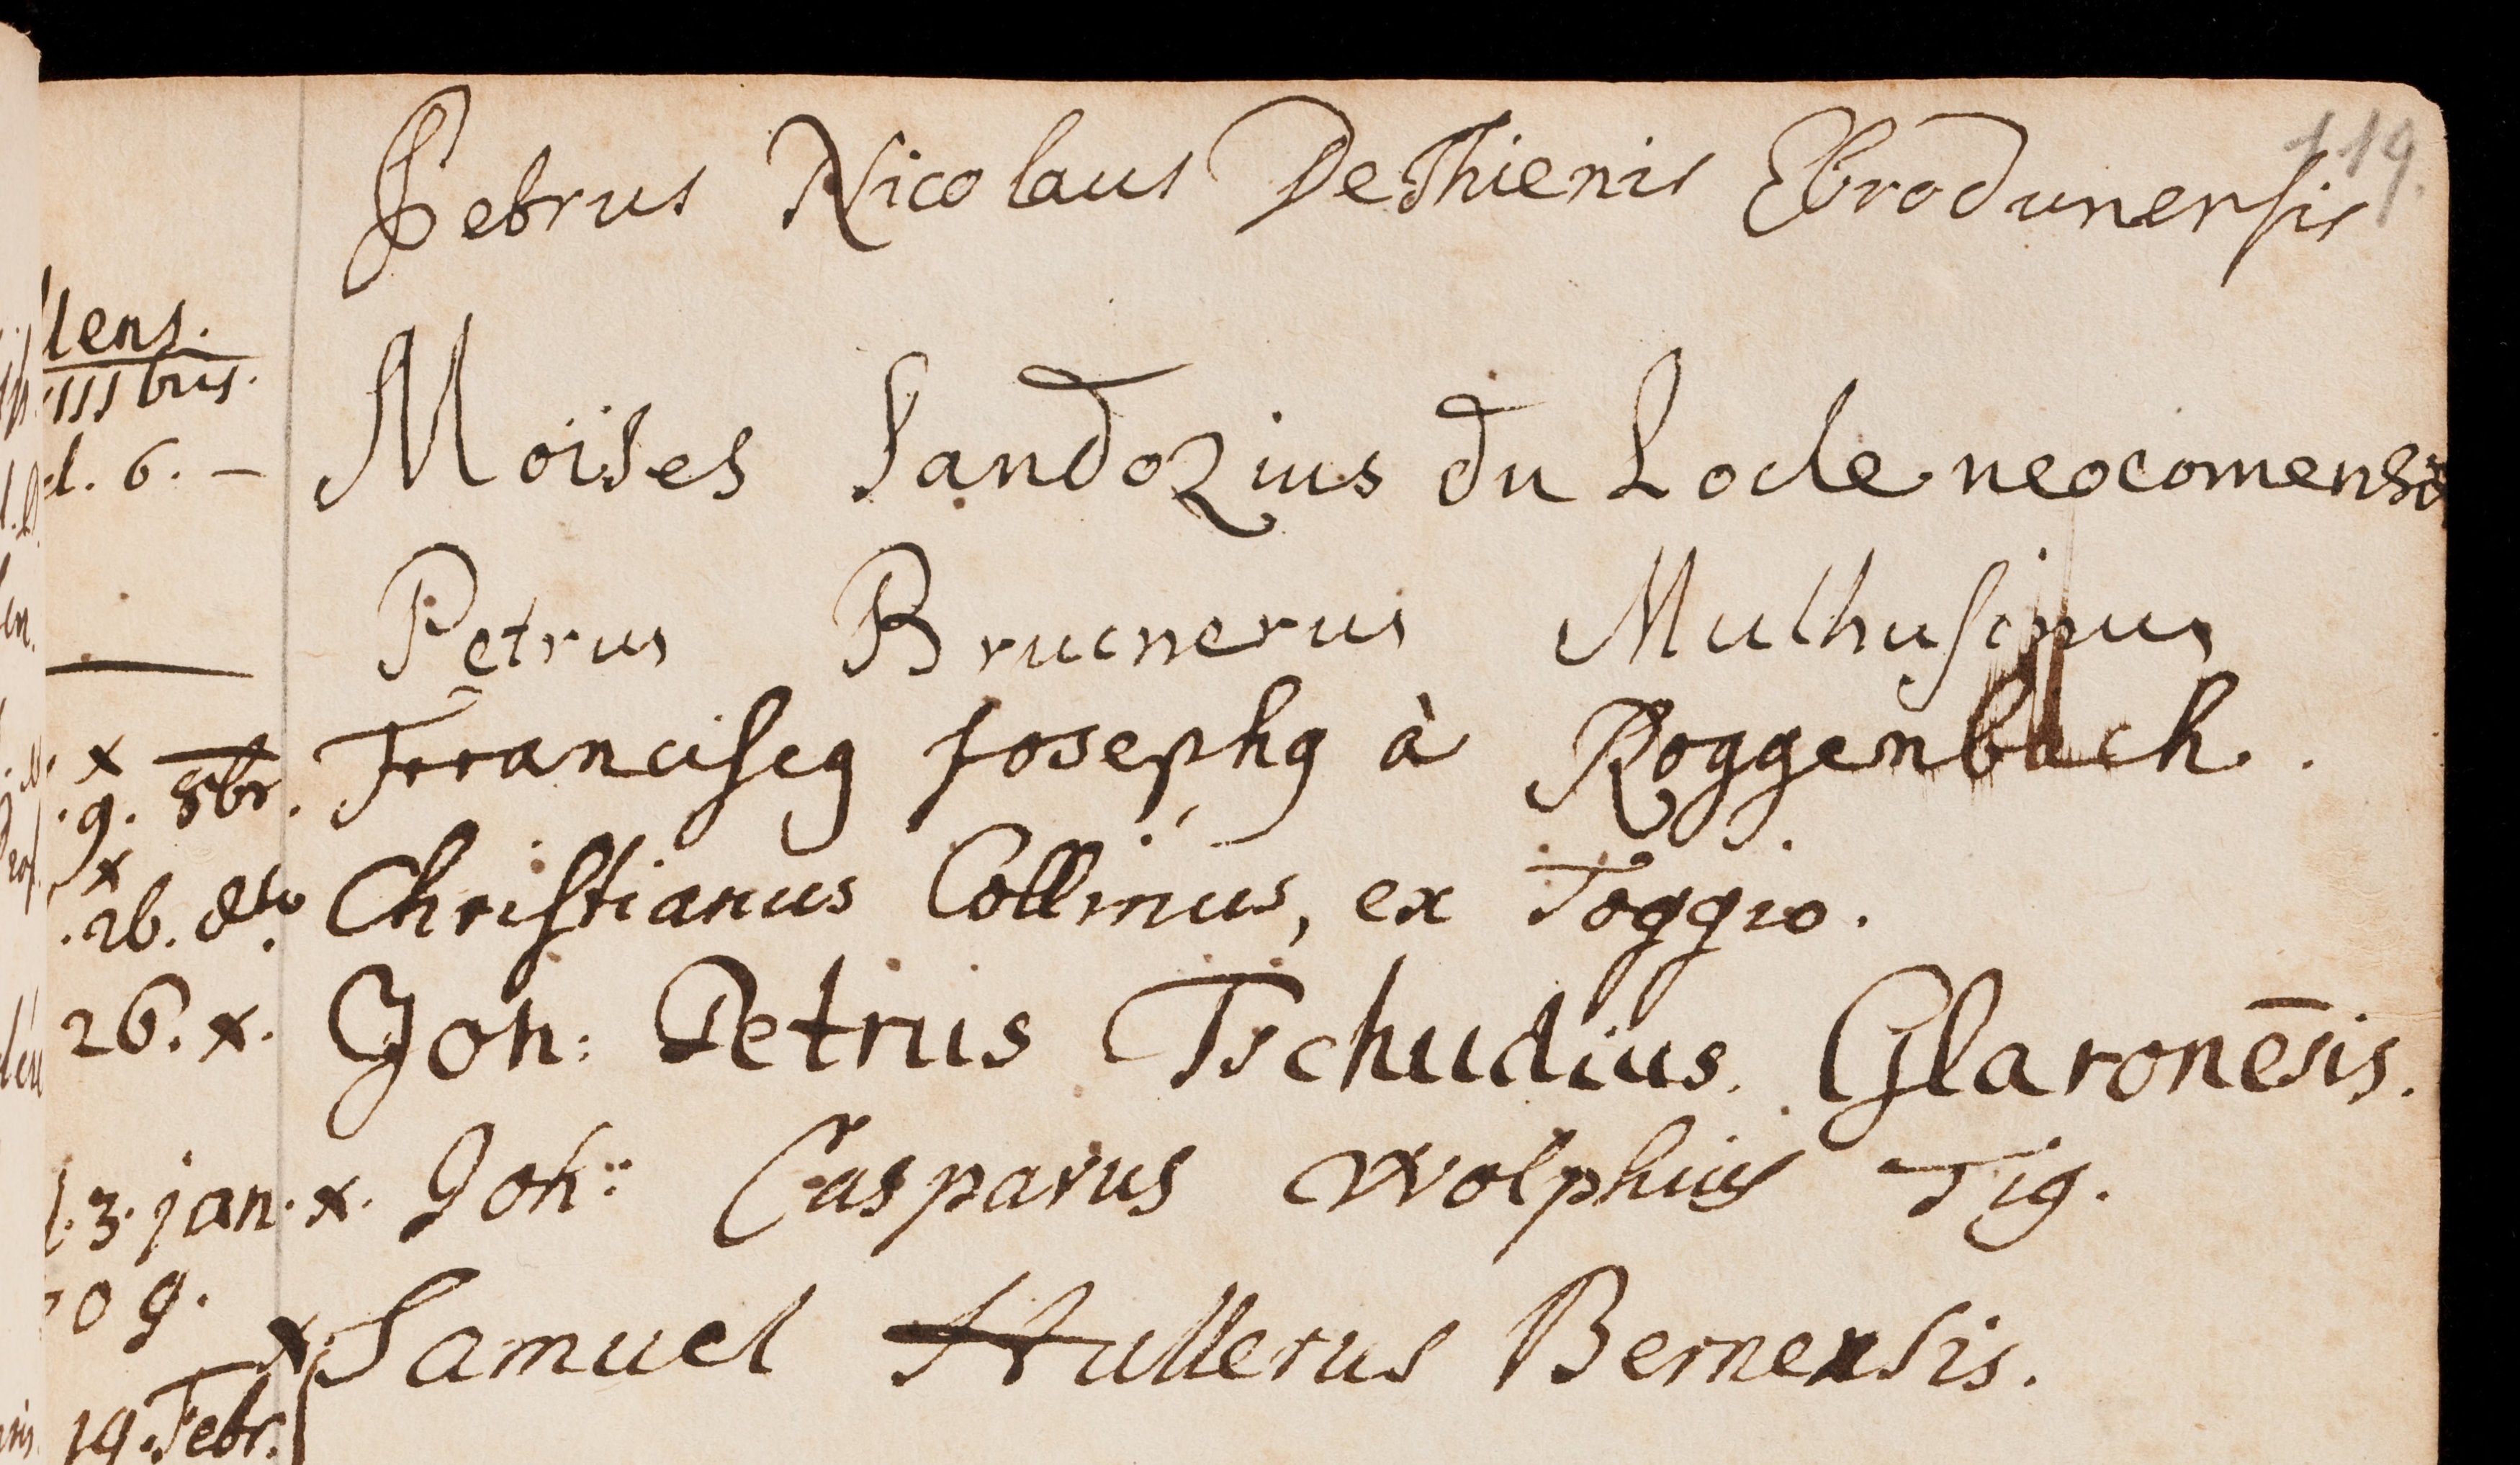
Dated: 1599–1837